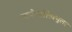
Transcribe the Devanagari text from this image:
बायोमालिक्युलर